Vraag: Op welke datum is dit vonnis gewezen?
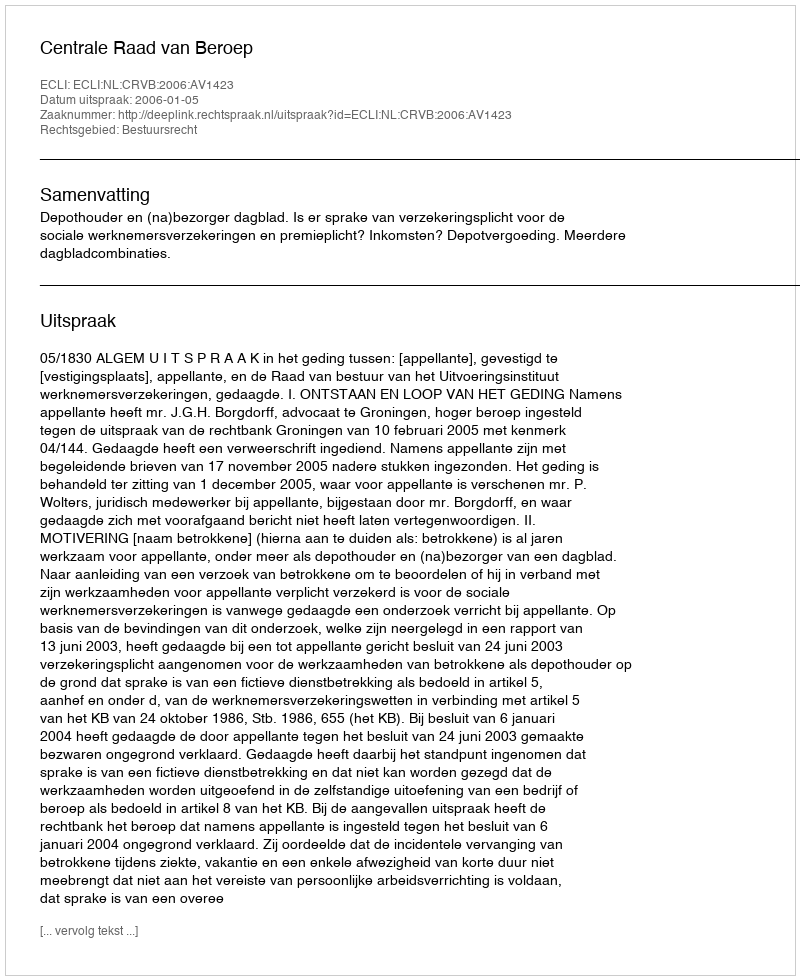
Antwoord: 2006-01-05